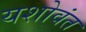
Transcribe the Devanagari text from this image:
यशोवंत